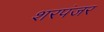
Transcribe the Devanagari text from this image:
शरपंजर